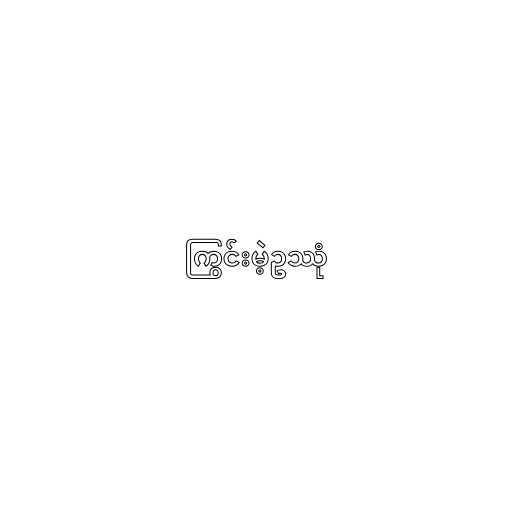
ကြွင်းမဲ့ဥဿုံ